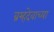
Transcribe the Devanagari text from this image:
ब्रम्हदेवाच्या